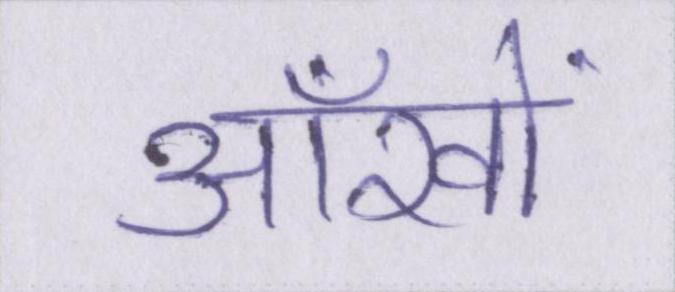
आँखों